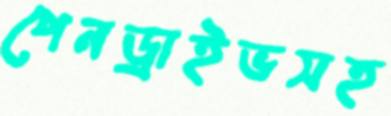
পেনড্রাইভসহ